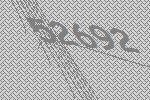
52692